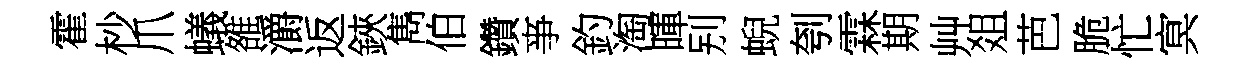
霍杪爪蟻雒灂返鋏雋伯鑽亊釣淘暉别蜺刳霖期艸爼芭脆忙㝠